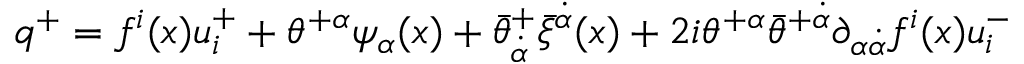
q ^ { + } = f ^ { i } ( x ) u _ { i } ^ { + } + \theta ^ { + \alpha } \psi _ { \alpha } ( x ) + \bar { \theta } _ { \dot { \alpha } } ^ { + } \bar { \xi } ^ { \dot { \alpha } } ( x ) + 2 i \theta ^ { + \alpha } \bar { \theta } ^ { + \dot { \alpha } } \partial _ { \alpha \dot { \alpha } } f ^ { i } ( x ) u _ { i } ^ { - }